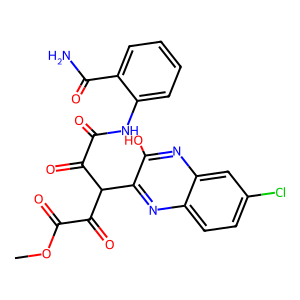
SMILES: COC(=O)C(=O)C(C(=O)C(=O)Nc1ccccc1C(N)=O)c1nc2ccc(Cl)cc2nc1O
Inhibits HIV replication: No